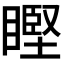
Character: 𥉸